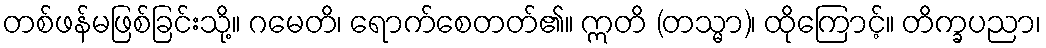
တစ်ဖန်မဖြစ်ခြင်းသို့။ ဂမေတိ၊ ရောက်စေတတ်၏။ ဣတိ (တသ္မာ)၊ ထိုကြောင့်။ တိက္ခပညာ၊